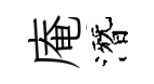
庵潛